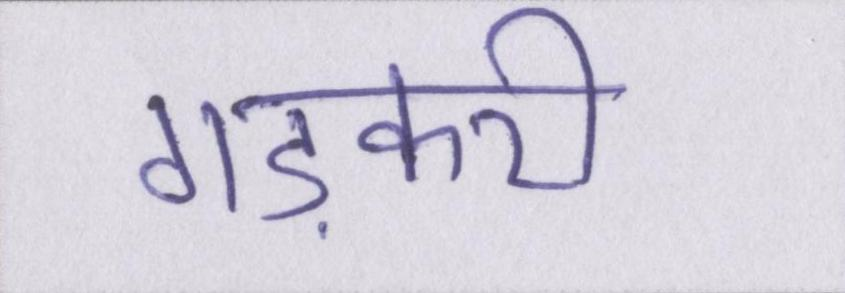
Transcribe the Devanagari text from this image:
गड़करी